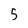
Character: 5